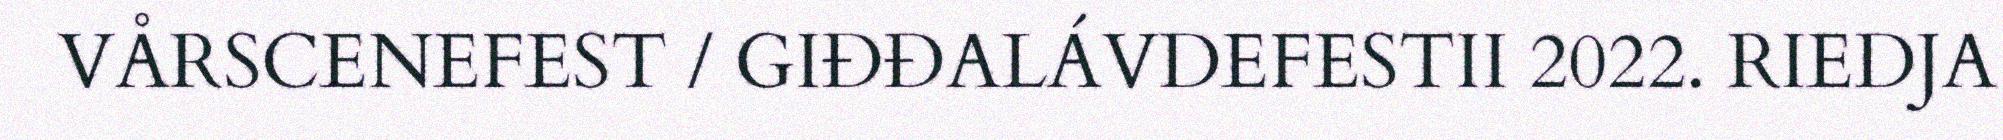
VÅRSCENEFEST / GIĐĐALÁVDEFESTII 2022. RIEDJA